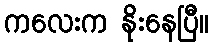
ကလေးက နိုးနေပြီ။